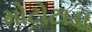
મોટોટાડા